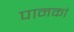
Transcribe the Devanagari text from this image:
पानकां